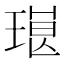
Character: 𱯓